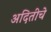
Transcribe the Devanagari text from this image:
अदितीचे